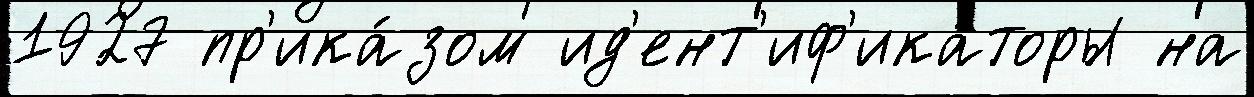
1927 пр'ика́зом ид'ент'иф'ика́торы на